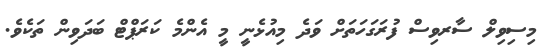
މިސިވިލް ސާރވިސް ފުރަގަހަތަށް ވަދެ މިއުޅެނީ މީ އެންމެ ކަރަޕްޓް ބަދަވިން ތަކެވެ.